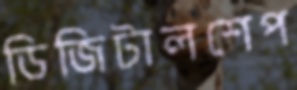
ডিজিটালশেপ